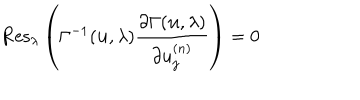
\mathrm { R e s } _ { \lambda } \left( \Gamma ^ { - 1 } ( { \bf u } , \lambda ) \frac { \partial \Gamma ( { \bf u } , \lambda ) } { \partial u _ { j } ^ { ( n ) } } \right) = 0